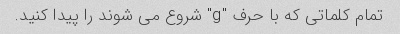
تمام کلماتی که با حرف "g" شروع می شوند را پیدا کنید.